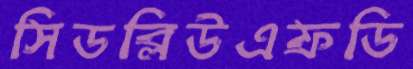
সিডব্লিউএফডি